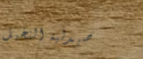
صيدلية النخيل